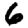
Digit: 6